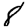
Digit: 8